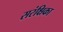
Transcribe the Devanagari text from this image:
सरंक्षिका